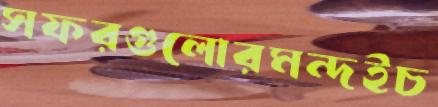
সফরগুলোরমন্দইচ